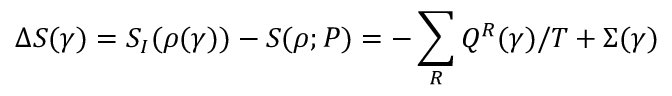
\Delta S ( \gamma ) = S _ { I } ( \rho ( \gamma ) ) - S ( \rho ; P ) = - \sum _ { R } Q ^ { R } ( \gamma ) / T + \Sigma ( \gamma )